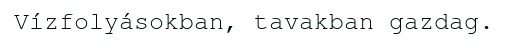
Vízfolyásokban, tavakban gazdag.